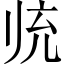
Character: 𱍮